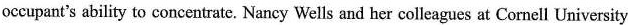
occupant's ability to concentrate. Nancy Wells and her colleagues at Cornell University